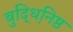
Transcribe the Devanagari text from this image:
बुद्धिनि़ष्ठ